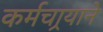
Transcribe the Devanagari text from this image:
कर्मचार्‍याने